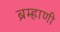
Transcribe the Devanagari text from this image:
ब्रम्हाणी